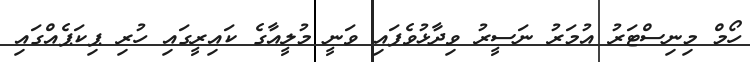
ހޯމް މިނިސްޓަރު އުމަރު ނަސީރު ވިދާޅުވެފައި ވަނީ މުލީއާގެ ކައިރީގައި ހުރި ޕިކަޕެއްގައި